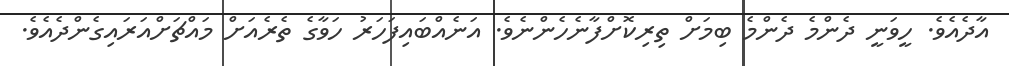
އާދެއެވެ. ހީވަނީ ދެންމެ ދެންމެ ބިމަށް ތިރިކޮށްފާނެހެންނެވެ. އަނެއްބައިފަހަރު ހަވާގެ ތެރެއަށް މައްޗަށްއަރައިގެންދެއެވެ.